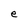
Character: e